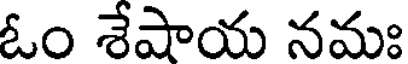
ఓం శేషాయ నమః